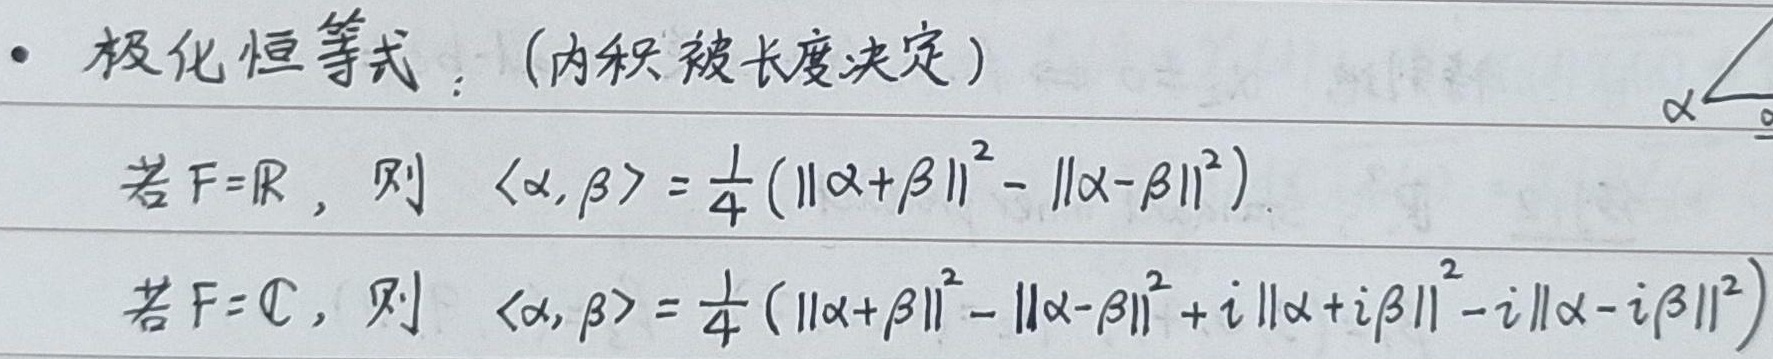
极化恒等式：（内积被长度决定）
若\(F = \mathbb{R}\)，则
\[\langle\alpha,\beta\rangle=\frac{1}{4}(\|\alpha + \beta\|^{2}-\|\alpha - \beta\|^{2})\]
若\(F = \mathbb{C}\)，则
\[\langle\alpha,\beta\rangle=\frac{1}{4}(\|\alpha + \beta\|^{2}-\|\alpha - \beta\|^{2}+i\|\alpha + i\beta\|^{2}-i\|\alpha - i\beta\|^{2})\]